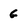
Character: G